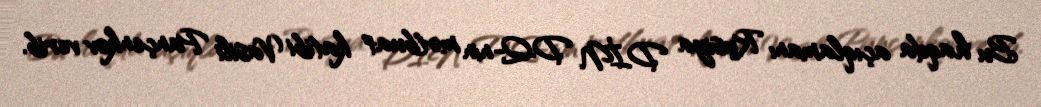
Bu haqda açıqlamanı Rusiya DİN DQ-nin mətbuat katibi Vasili Pançenkov verib.